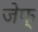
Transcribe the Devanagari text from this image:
जेफ्